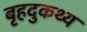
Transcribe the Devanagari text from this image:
बृहदुकथ्य